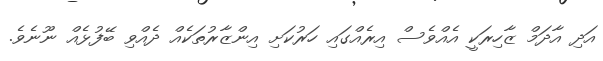
އަދި އާދަމް ޒާހިރަކީ އެއްވެސް އިރެއްގައި ހަރުކަށި އިންޒާރުތަކެއް ދެއްވި ބޭފުޅެއް ނޫނެވެ.